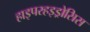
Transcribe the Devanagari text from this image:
हाइपरहइड्रोसिस